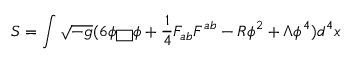
S = \int \sqrt { - g } ( 6 \phi \fbox { } \phi + \frac { 1 } { 4 } F _ { a b } F ^ { a b } - R \phi ^ { 2 } + \Lambda \phi ^ { 4 } ) d ^ { 4 } x